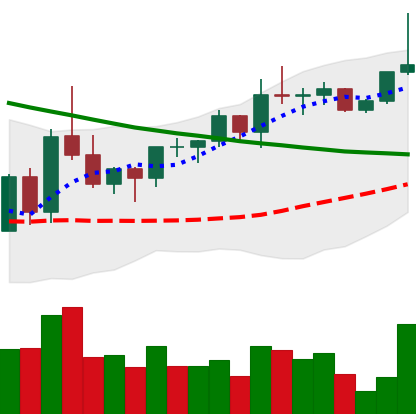
Ticker: XRP-USD
Chart end date: 2022-03-28
Forward return: -4.446%
Label: down_3_5